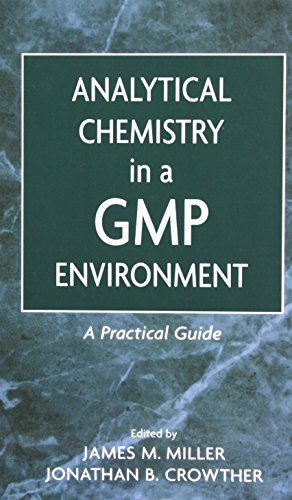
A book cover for Analytical Chemistry in a GMP Environment: A Practical Guide; Jim Miller; Medical Books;